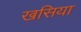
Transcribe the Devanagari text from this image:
खसिया